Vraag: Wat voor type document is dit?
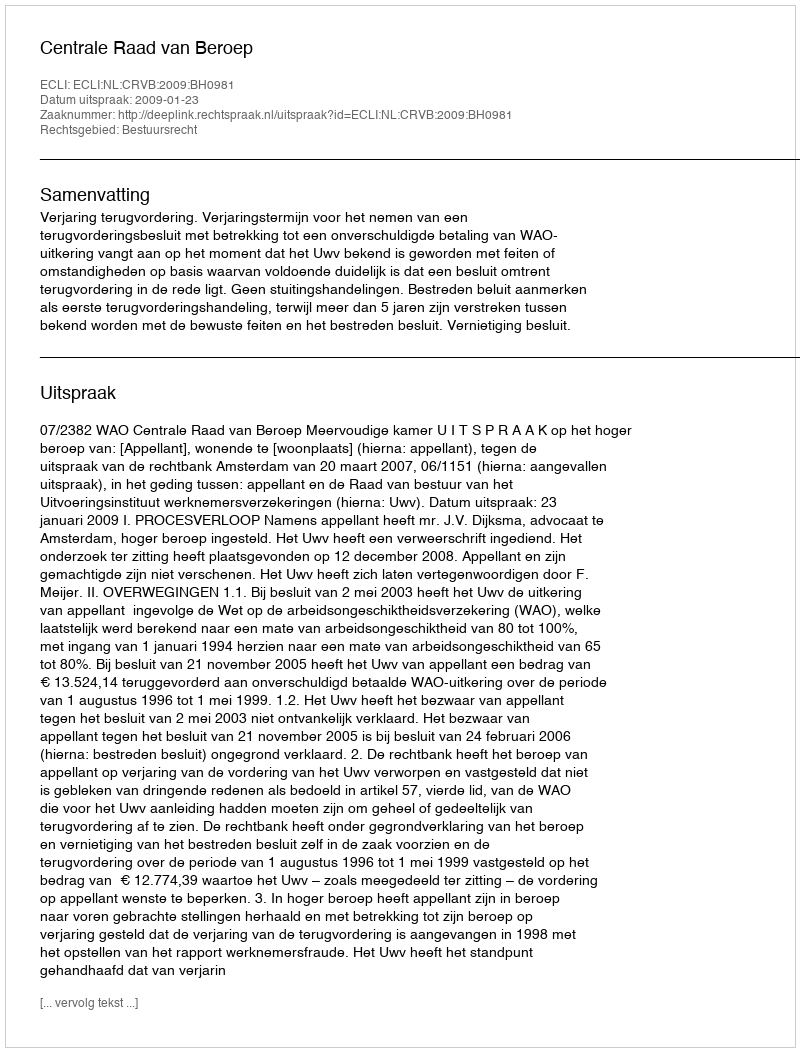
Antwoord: Uitspraak